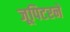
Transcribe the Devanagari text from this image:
जूपिटरने